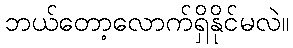
ဘယ်တော့လောက်ရှိနိုင်မလဲ။